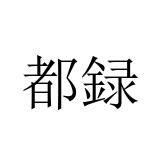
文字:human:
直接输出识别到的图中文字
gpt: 都録